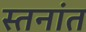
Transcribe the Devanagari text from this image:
स्तनांत